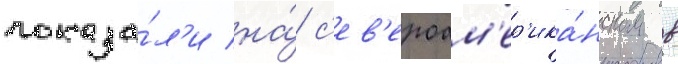
показа́л'и на́ с'ев'ероам'ер'ика́нском в